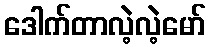
ဒေါက်တာလဲ့လဲ့မော်